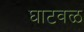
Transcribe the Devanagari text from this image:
घाटवळ